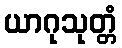
ယာဂုသုတ္တံ